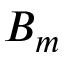
B _ { m }